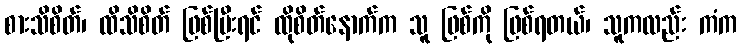
စားသိစိတ်၊ ထိသိစိတ် ဖြစ်ပြီးရင် ထိုစိတ်နောက်က သူ ဖြစ်ကို ဖြစ်ရတယ်၊ သူကလည်း ကံက